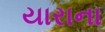
યારાના